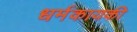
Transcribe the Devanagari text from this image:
धर्मकायकी